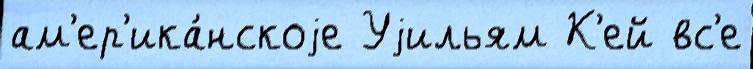
ам'ер'ика́нскоjе Уjильям К'ей вс'е